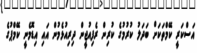
އަސްކަރީ ކޭމްތަކަށް ބަދަލު ކުރުމުގެ ކުރިން ރެފިއުޖީން ދިރިއުޅެމުން އައި އިޑޮމެނީ ކޭމްޕުގެ